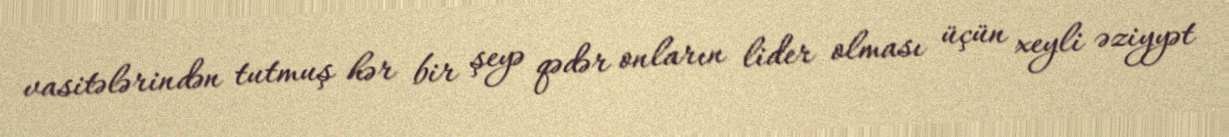
vasitələrindən tutmuş hər bir şeyə qədər onların lider olması üçün xeyli əziyyət